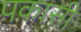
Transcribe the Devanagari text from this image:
पकासी